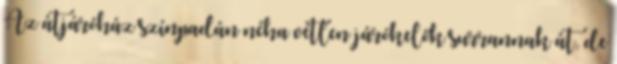
Az átjáróház színpadán néha vétlen járókelők surrannak át, de